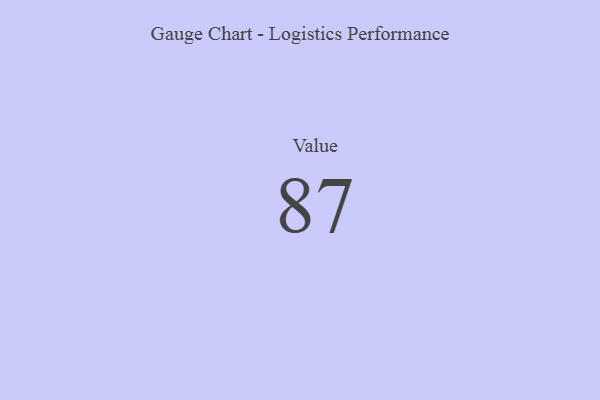
{"axis": {"x": "Metric", "y": "Value"}, "legend": [""], "data": [{"x": "Value", "y": 87, "type": ""}]}